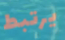
يرتبط